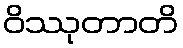
ဝိဿုတာတိ